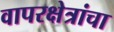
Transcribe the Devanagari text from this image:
वापरक्षेत्रांचा